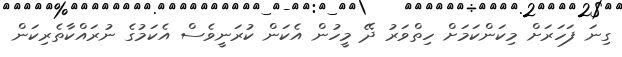
ގިނަ ފަހަރަށް މިކަންކަމަށް ހިތްވަރު ދޭ މީހުން އެކަން ކުރަނީވެސް އެކަމުގެ ނުރައްކާތެރިކަން